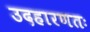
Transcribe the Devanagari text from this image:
उदहारणतः